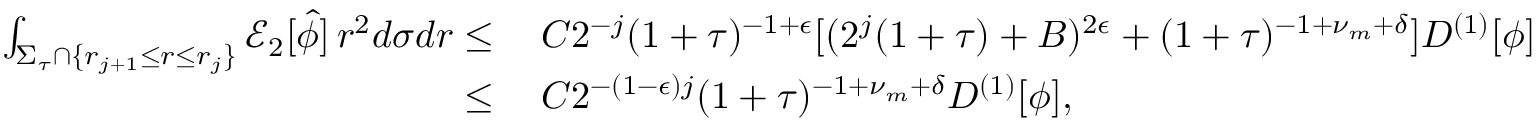
\begin{array} { r l } { \int _ { \Sigma _ { \tau } \cap \{ r _ { j + 1 } \leq r \leq r _ { j } \} } \mathcal { E } _ { 2 } [ \widehat { \phi } ] \, r ^ { 2 } d \sigma d r \leq } & { \: C 2 ^ { - j } ( 1 + \tau ) ^ { - 1 + \epsilon } [ ( 2 ^ { j } ( 1 + \tau ) + B ) ^ { 2 \epsilon } + ( 1 + \tau ) ^ { - 1 + \nu _ { m } + \delta } ] D ^ { ( 1 ) } [ \phi ] } \\ { \leq } & { \: C 2 ^ { - ( 1 - \epsilon ) j } ( 1 + \tau ) ^ { - 1 + \nu _ { m } + \delta } D ^ { ( 1 ) } [ \phi ] , } \end{array}